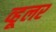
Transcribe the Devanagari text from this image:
व्हूलर